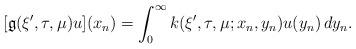
LaTeX: \begin{align*} [\mathfrak{g}(\xi^\prime,\tau,\mu) u](x_n)=\int_0^\infty k(\xi^\prime,\tau,\mu;x_n,y_n)u(y_n)\,dy_n.\end{align*}